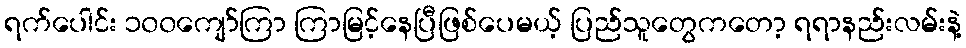
ရက်ပေါင်း ၁၀၀ကျော်ကြာ ကြာမြင့်နေပြီဖြစ်ပေမယ့် ပြည်သူတွေကတော့ ရရာနည်းလမ်းနဲ့